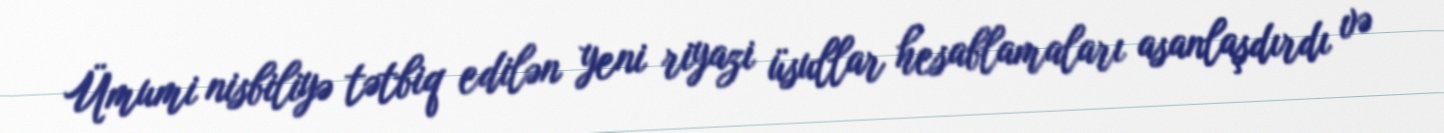
Ümumi nisbiliyə tətbiq edilən yeni riyazi üsullar hesablamaları asanlaşdırdı və